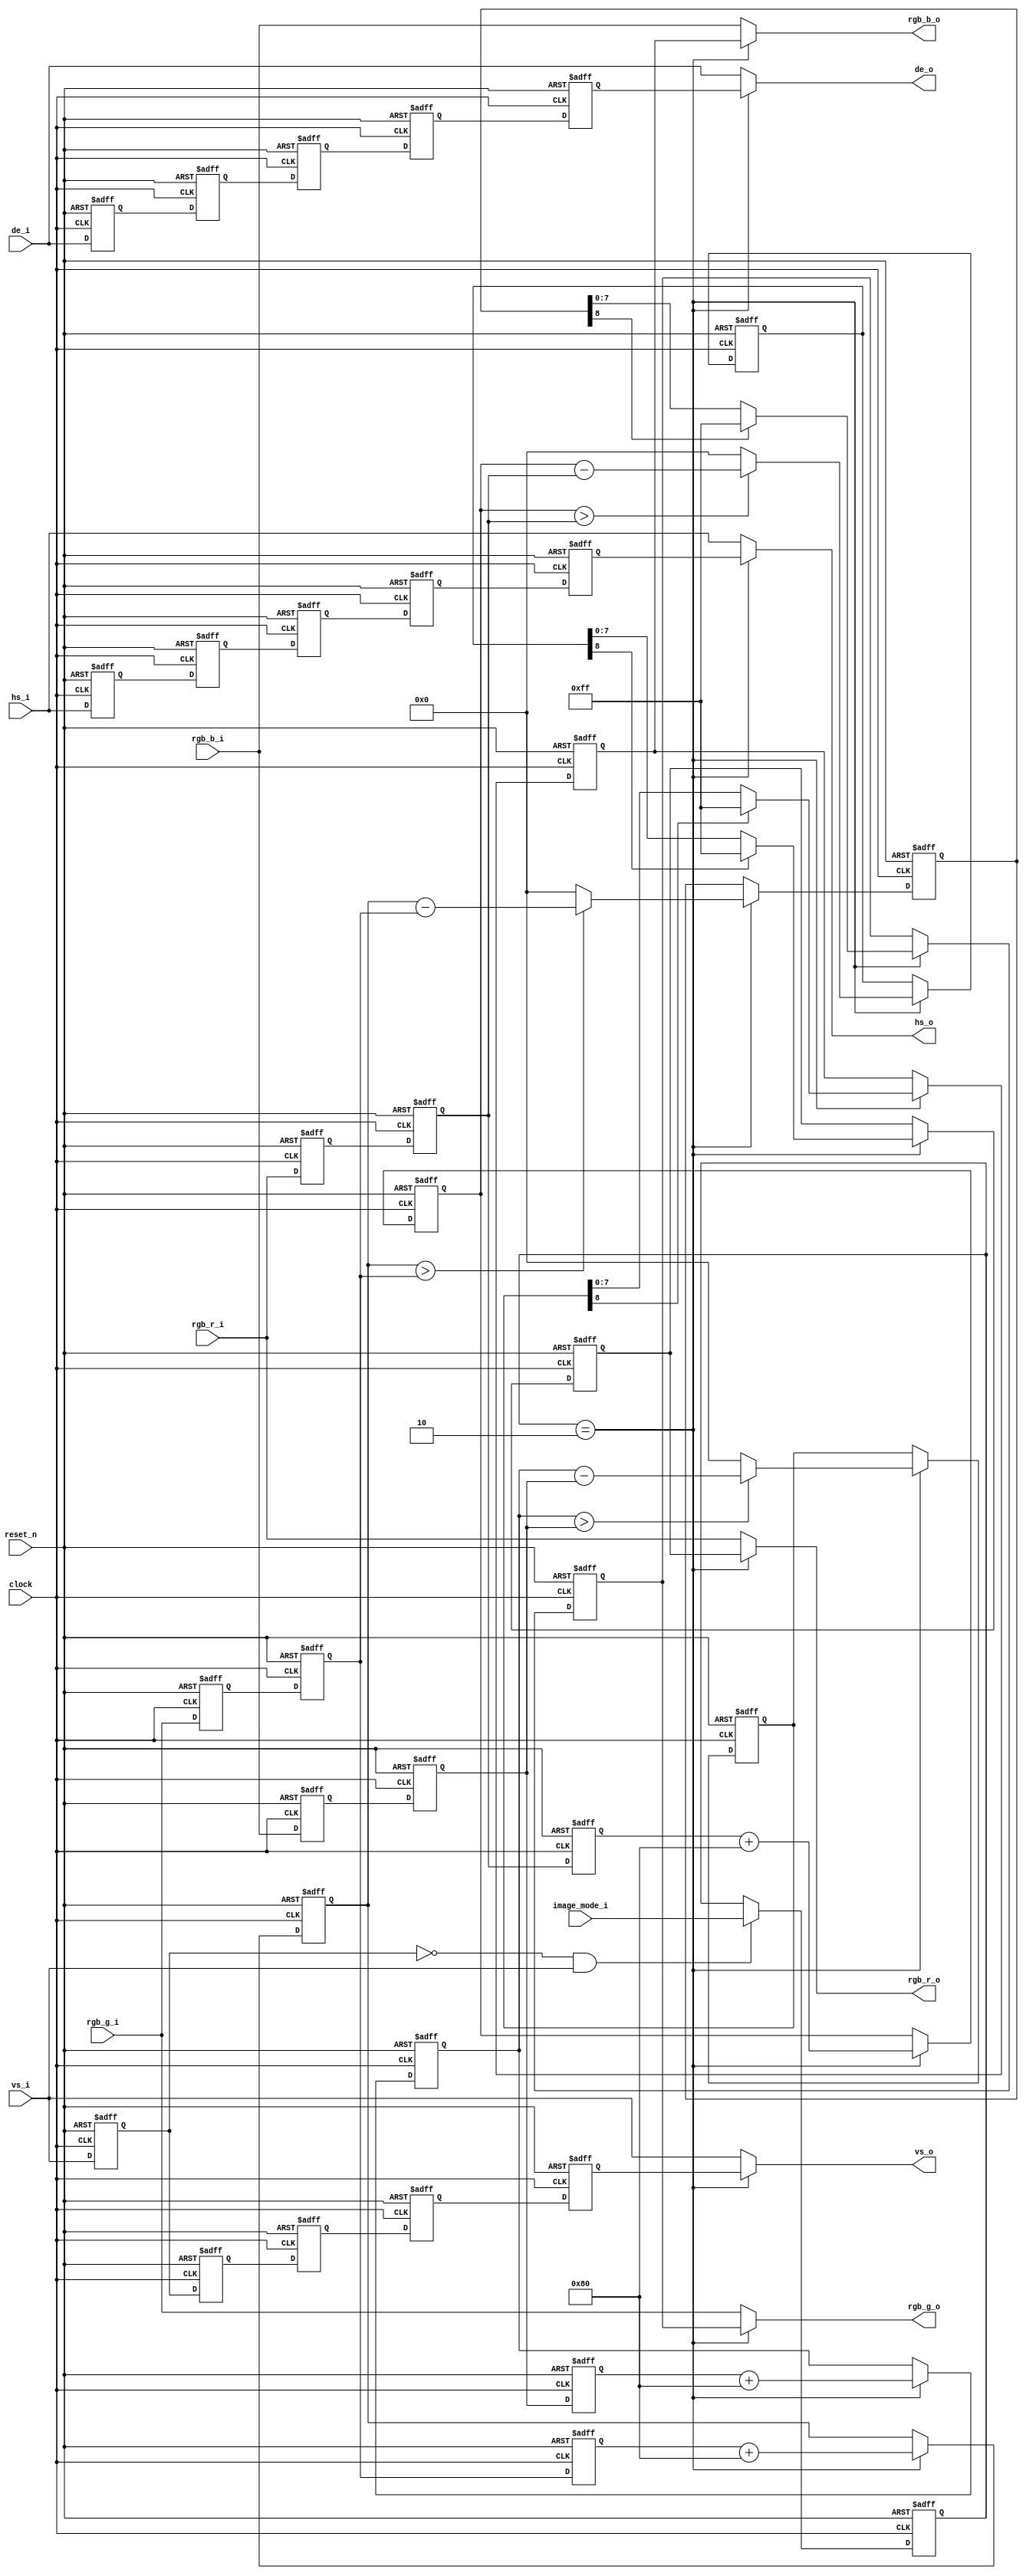
//---------------------------------------------------------------------------------------

// Y(i,j) = X(i-1,j-1) -X(i+1, j+1) + 128
// image_mode = 2

//---------------------------------------------------------------------------------------

module emboss(

		//
		clock, reset_n,
		//
		vs_i, hs_i, de_i,
		//
		rgb_r_i, rgb_g_i, rgb_b_i,
		//
		vs_o, hs_o, de_o,
		//
		rgb_r_o, rgb_g_o, rgb_b_o,
		//
		image_mode_i
		
);

//---------------------------------------------------------------------------------------

input								clock;
input								reset_n;

input								vs_i;
input								hs_i;
input								de_i;
input[7:0]							rgb_r_i;
input[7:0]							rgb_g_i;
input[7:0]							rgb_b_i;

input[7:0]							image_mode_i;

output								vs_o;
output								hs_o;
output								de_o;
output[7:0]							rgb_r_o;
output[7:0]							rgb_g_o;
output[7:0]							rgb_b_o;

//---------------------------------------------------------------------------------------

reg[7:0]							r_rgb_r_o;
reg[7:0]							r_rgb_g_o;
reg[7:0]							r_rgb_b_o;
reg[7:0]							r_image_mode;

reg[7:0]							r_rgb_r_d0;
reg[7:0]							r_rgb_g_d0;
reg[7:0]							r_rgb_b_d0;
reg[7:0]							r_rgb_r_d1;
reg[7:0]							r_rgb_g_d1;
reg[7:0]							r_rgb_b_d1;
reg[7:0]							r_rgb_r_d2;
reg[7:0]							r_rgb_g_d2;
reg[7:0]							r_rgb_b_d2;
reg[8:0]							temp_R0;
reg[8:0]							temp_G0;
reg[8:0]							temp_B0;
reg[8:0]							temp_R1;
reg[8:0]							temp_G1;
reg[8:0]							temp_B1;

reg									r_de_d0;
reg									r_de_d1;
reg									r_de_d2;
reg									r_de_d3;
reg									r_de_d4;
reg									r_hs_d0;
reg									r_hs_d1;
reg									r_hs_d2;
reg									r_hs_d3;
reg									r_hs_d4;
reg									r_vs_d0;
reg									r_vs_d1;
reg									r_vs_d2;
reg									r_vs_d3;
reg									r_vs_d4;

//---------------------------------------------------------------------------------------

assign vs_o = (r_image_mode == 8'b0000_0010) ? r_vs_d4 : vs_i;
assign hs_o = (r_image_mode == 8'b0000_0010) ? r_hs_d4 : hs_i;
assign de_o = (r_image_mode == 8'b0000_0010) ? r_de_d4 : de_i;

assign rgb_r_o = (r_image_mode == 8'b0000_0010) ? r_rgb_r_o : rgb_r_i;
assign rgb_g_o = (r_image_mode == 8'b0000_0010) ? r_rgb_g_o : rgb_g_i;
assign rgb_b_o = (r_image_mode == 8'b0000_0010) ? r_rgb_b_o : rgb_b_i;

//---------------------------------------------------------------------------------------

always@(posedge clock or negedge reset_n)
	begin
		if(!reset_n)
			begin
				r_de_d0 <= 1'b0;
				r_de_d1 <= 1'b0;
				r_de_d2 <= 1'b0;					//sync to temp_X0
				r_de_d3 <= 1'b0;                    //sync to temp_X1
				r_de_d4 <= 1'b0;					//sync to r_rgb_x_o
			end
		else
			begin
				r_de_d0 <= de_i;
				r_de_d1 <= r_de_d0;
				r_de_d2 <= r_de_d1;
				r_de_d3 <= r_de_d2;
				r_de_d4 <= r_de_d3;
			end
	end
	
always@(posedge clock or negedge reset_n)
	begin
		if(!reset_n)
			begin
				r_hs_d0 <= 1'b0;
				r_hs_d1 <= 1'b0;
				r_hs_d2 <= 1'b0;					
				r_hs_d3 <= 1'b0;                   
				r_hs_d4 <= 1'b0;					
			end
		else
			begin
				r_hs_d0 <= hs_i;
				r_hs_d1 <= r_hs_d0;
				r_hs_d2 <= r_hs_d1;
				r_hs_d3 <= r_hs_d2;
				r_hs_d4 <= r_hs_d3;
			end
	end	
	
always@(posedge clock or negedge reset_n)
	begin
		if(!reset_n)
			begin
				r_vs_d0 <= 1'b0;
				r_vs_d1 <= 1'b0;
				r_vs_d2 <= 1'b0;					
				r_vs_d3 <= 1'b0;                   
				r_vs_d4 <= 1'b0;					
			end
		else
			begin
				r_vs_d0 <= vs_i;
				r_vs_d1 <= r_vs_d0;
				r_vs_d2 <= r_vs_d1;
				r_vs_d3 <= r_vs_d2;
				r_vs_d4 <= r_vs_d3;
			end
	end	

always@(posedge clock or negedge reset_n)
	begin
		if(!reset_n)
			begin
				r_image_mode <= 0;	
			end
		else if(!r_vs_d0 && vs_i)
			begin
				r_image_mode <= image_mode_i;
			end
	end
	
always@(posedge clock or negedge reset_n)
	begin
		if(!reset_n)
			begin
				r_rgb_r_d0 <= 0;
				r_rgb_r_d1 <= 0;
				r_rgb_r_d2 <= 0;
			end
		else
			begin
				r_rgb_r_d0 <= rgb_r_i;
				r_rgb_r_d1 <= r_rgb_r_d0;
				r_rgb_r_d2 <= r_rgb_r_d1;
			end
	end

always@(posedge clock or negedge reset_n)
	begin
		if(!reset_n)
			begin
				r_rgb_g_d0 <= 0;
				r_rgb_g_d1 <= 0;
				r_rgb_g_d2 <= 0;
			end
		else
			begin
				r_rgb_g_d0 <= rgb_g_i;
				r_rgb_g_d1 <= r_rgb_g_d0;
				r_rgb_g_d2 <= r_rgb_g_d1;
			end
	end
	
always@(posedge clock or negedge reset_n)
	begin
		if(!reset_n)
			begin
				r_rgb_b_d0 <= 0;
				r_rgb_b_d1 <= 0;
				r_rgb_b_d2 <= 0;
			end
		else
			begin
				r_rgb_b_d0 <= rgb_b_i;
				r_rgb_b_d1 <= r_rgb_b_d0;
				r_rgb_b_d2 <= r_rgb_b_d1;
			end
	end
	
always@(posedge clock or negedge reset_n)
	begin
		if(!reset_n)
			begin
				temp_R0 <= 0;
				temp_G0 <= 0;
				temp_B0 <= 0;
			end
		else if(r_image_mode == 8'b0000_0010)
			begin
				temp_R0 <= r_rgb_r_d2 + 128;
				temp_G0 <= r_rgb_g_d2 + 128;
				temp_B0 <= r_rgb_b_d2 + 128;
			end
	end
	
always@(posedge clock or negedge reset_n)
	begin
		if(!reset_n)
			begin
				temp_R1 <= 0;
				temp_G1 <= 0;
				temp_B1 <= 0;
			end
		else if(r_image_mode == 8'b0000_0010)
			begin
				temp_R1 <= (temp_R0 > r_rgb_r_d1) ? temp_R0 - r_rgb_r_d1 : 0;
				temp_G1 <= (temp_G0 > r_rgb_g_d1) ? temp_G0 - r_rgb_g_d1 : 0;
				temp_B1 <= (temp_B0 > r_rgb_b_d1) ? temp_B0 - r_rgb_b_d1 : 0;
			end
	end
	
always@(posedge clock or negedge reset_n)
	begin
		if(!reset_n)
			begin
				r_rgb_r_o <= 0;	
				r_rgb_g_o <= 0;
				r_rgb_b_o <= 0;
			end
		else if(r_image_mode == 8'b0000_0010)
			begin
				r_rgb_r_o <= (temp_R1[8] == 0) ? temp_R1[7:0] : 255;
				r_rgb_g_o <= (temp_G1[8] == 0) ? temp_G1[7:0] : 255;
				r_rgb_b_o <= (temp_B1[8] == 0) ? temp_B1[7:0] : 255;
			end
	end

endmodule